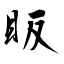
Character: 眅